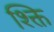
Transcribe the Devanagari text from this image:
श्क्ति